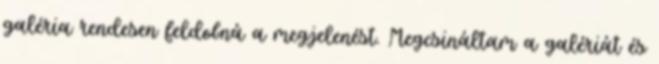
galéria rendesen feldobná a megjelenést. Megcsináltam a galériát és